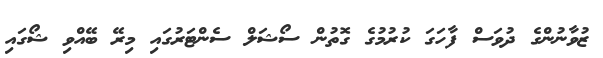
ޒުވާނުންގެ ދުވަސް ފާހަގަ ކުރުމުގެ ގޮތުން ސޯޝަލް ސެންޓަރުގައި މިރޭ ބޭއްވި ޝޯގައި